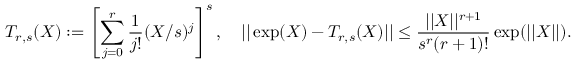
T _ { r , s } ( X ) : = \left[ \sum _ { j = 0 } ^ { r } { \frac { 1 } { j ! } } ( X / s ) ^ { j } \right] ^ { s } , \quad | | \exp ( X ) - T _ { r , s } ( X ) | | \leq { \frac { | | X | | ^ { r + 1 } } { s ^ { r } ( r + 1 ) ! } } \exp ( | | X | | ) .